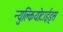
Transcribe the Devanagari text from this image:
न्युक्लियोटाईड्स